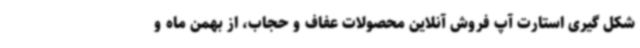
شکل گیری استارت آپ فروش آنلاین محصولات عفاف و حجاب، از بهمن ماه و